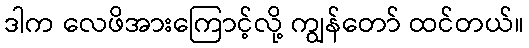
ဒါက လေဖိအားကြောင့်လို့ ကျွန်တော် ထင်တယ်။